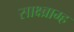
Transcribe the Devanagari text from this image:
साक्ष्ब्राम्ह